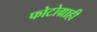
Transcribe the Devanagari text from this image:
फोटोग्राही